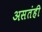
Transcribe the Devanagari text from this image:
असतंही